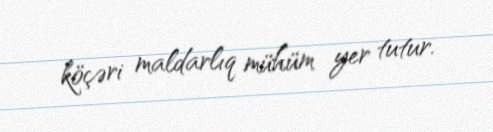
köçəri maldarlıq mühüm yer tutur.